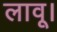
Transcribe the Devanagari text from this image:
लावू।